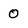
Character: 0